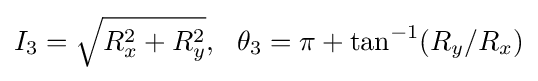
I_{3}={\sqrt {R_{x}^{2}+R_{y}^{2}}},\ \ \theta _{3}=\pi +\tan ^{-1}(R_{y}/R_{x})